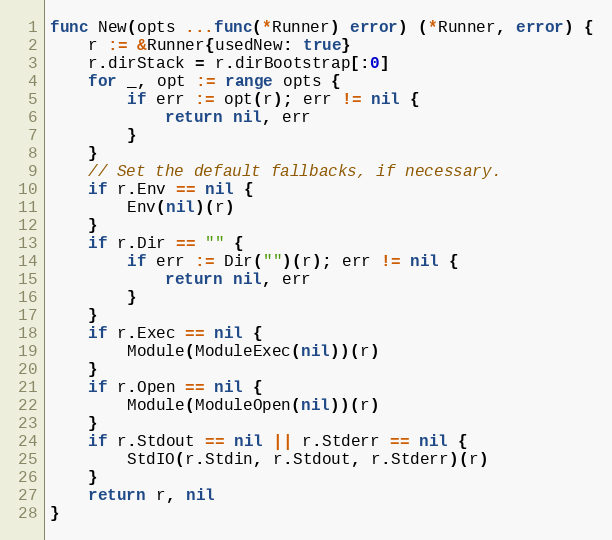
Language: Go
func New(opts ...func(*Runner) error) (*Runner, error) {
	r := &Runner{usedNew: true}
	r.dirStack = r.dirBootstrap[:0]
	for _, opt := range opts {
		if err := opt(r); err != nil {
			return nil, err
		}
	}
	// Set the default fallbacks, if necessary.
	if r.Env == nil {
		Env(nil)(r)
	}
	if r.Dir == "" {
		if err := Dir("")(r); err != nil {
			return nil, err
		}
	}
	if r.Exec == nil {
		Module(ModuleExec(nil))(r)
	}
	if r.Open == nil {
		Module(ModuleOpen(nil))(r)
	}
	if r.Stdout == nil || r.Stderr == nil {
		StdIO(r.Stdin, r.Stdout, r.Stderr)(r)
	}
	return r, nil
}